Insane asylums in Bengal annual reports 1867-1875 - 1867-1875
Year: 1867
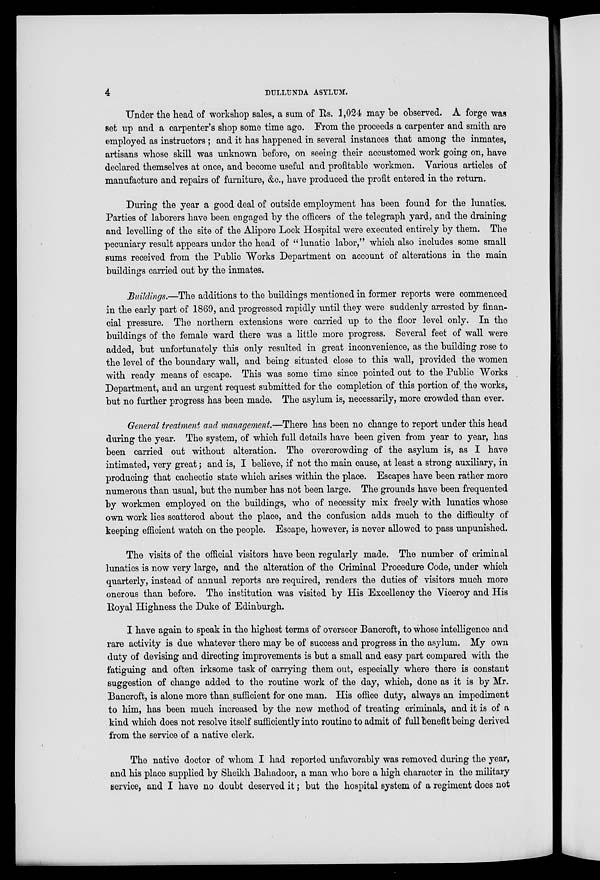
4
DULLUNDA ASYLUM.
Under the head of workshop sales, a sum of Rs. 1,024 may be observed. A forge was
set up and a carpenter's shop some time ago. From the proceeds a carpenter and smith are
employed as instructors ; and it has happened in several instances that among the inmates,
artisans whose skill was unknown before, on seeing their accustomed work going on, have
declared themselves at once, and become useful and profitable workmen. Various articles of
manufacture and repairs of furniture, &c., have produced the profit entered in the return.
During the year a good deal of outside employment has been found for the lunatics.
Parties of laborers have been engaged by the officers of the telegraph yard, and the draining
and levelling of the site of the Alipore Lock Hospital were executed entirely by them. The
pecuniary result appears under the head of " lunatic labor," which also includes some small
sums received from the Public Works Department on account of alterations in the main
buildings carried out by the inmates.
Buildings.—The additions to the buildings mentioned in former reports were commenced
in the early part of 1869, and progressed rapidly until they were suddenly arrested by finan-
cial pressure. The northern extensions were carried up to the floor level only. In the
buildings of the female ward there was a little more progress. Several feet of wall were
added, but unfortunately this only resulted in great inconvenience, as the building rose to
the level of the boundary wall, and being situated close to this wall, provided the women
with ready means of escape. This was some time since pointed out to the Public Works
Department, and an urgent request submitted for the completion of this portion of the works,
but no further progress has been made. The asylum is, necessarily, more crowded than ever.
General treatment and management.—There has been no change to report under this head
during the year. The system, of which full details have been given from year to year, has
been carried out without alteration. The overcrowding of the asylum is, as I have
intimated, very great; and is, I believe, if not the main cause, at least a strong auxiliary, in
producing that cachectic state which arises within the place. Escapes have been rather more
numerous than usual, but the number has not been large. The grounds have been frequented
by workmen employed on the buildings, who of necessity mix freely with lunatics whose
own work lies scattered about the place, and the confusion adds much to the difficulty of
keeping efficient watch on the people. Escape, however, is never allowed to pass unpunished.
The visits of the official visitors have been regularly made. The number of criminal
lunatics is now very large, and the alteration of the Criminal Procedure Code, under which
quarterly, instead of annual reports are required, renders the duties of visitors much more
onerous than before. The institution was visited by His Excellency the Viceroy and His
Royal Highness the Duke of Edinburgh.
I have again to speak in the highest terms of overseer Bancroft, to whose intelligence and
rare activity is due whatever there may be of success and progress in the asylum. My own
duty of devising and directing improvements is but a small and easy part compared with the
fatiguing and often irksome task of carrying them out, especially where there is constant
suggestion of change added to the routine work of the day, which, done as it is by Mr.
Bancroft, is alone more than sufficient for one man. His office duty, always an impediment
to him, has been much increased by the new method of treating criminals, and it is of a
kind which does not resolve itself sufficiently into routine to admit of full benefit being derived
from the service of a native clerk.
The native doctor of whom I had reported unfavorably was removed during the year,
and his place supplied by Sheikh Bahadoor, a man who bore a high character in the military
service, and I have no doubt deserved it; but the hospital system of a regiment does not